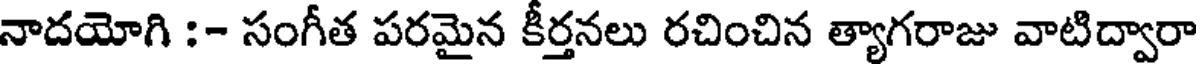
నాదయోగి :- సంగీత పరమైన కీర్తనలు రచించిన త్యాగరాజు వాటిద్వారా